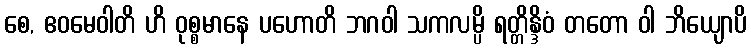
စေ, ဧဝမေဝါတိ ဟိ ဝုစ္စမာနေ ပဟောတိ ဘဂဝါ သကလမ္ပိ ရတ္တိန္ဒိဝံ တတော ဝါ ဘိယျောပိ